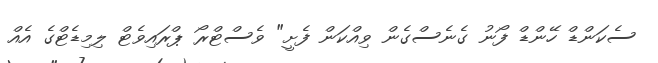
ސެކަންޑް ހޭންޑް ފޯނު ގެނެސްގެން ވިއްކަން ފެށީ" ވެސްޓްރޯ ޕްރައިވެޓް ލިމިޑެޓްގެ އެއް